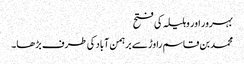
بہرور اور وہلیلہ کی فتح
محمد بن قاسم راوڑ سے برہمن آباد کی طرف بڑھا۔